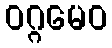
ဝဂ္ဂမေဝ